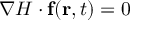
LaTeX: \nabla H \cdot \mathbf { f } ( \mathbf { r } , t ) = 0